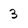
Character: 3